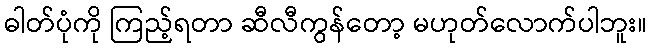
ဓါတ်ပုံကို ကြည့်ရတာ ဆီလီကွန်တော့ မဟုတ်လောက်ပါဘူး။